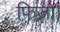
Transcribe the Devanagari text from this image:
फिज़ो